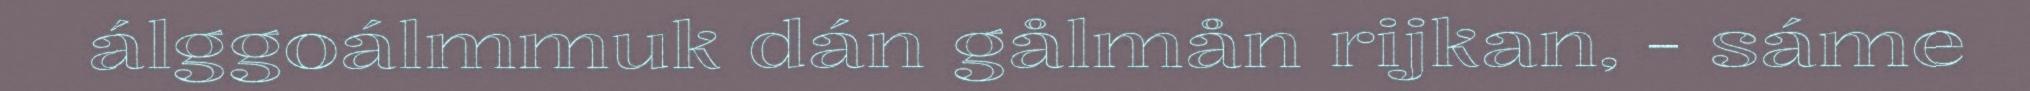
álggoálmmuk dán gålmån rijkan, - sáme